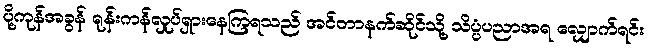
ပို့ကုန်အခွန် ရုန်းကန်လှုပ်ရှားနေကြရသည် အင်တာနက်ဆိုင်သို့ သိပ္ပံပညာအရ လျှောက်ရင်း